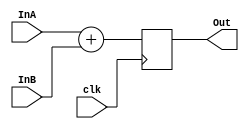
///// 16 bit adder /////

module adder #(parameter N = 16)(clk, InA, InB, Out);

	input [N-1:0] InA;
	input [N-1:0] InB;
	input clk;
	output reg[N:0] Out;
	
 always @(posedge clk)
	begin 
		Out <= InA + InB ;
	end
endmodule